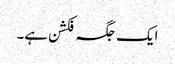
ایک جگہ فکشن ہے۔